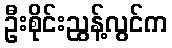
ဦးစိုင်းညွန့်လွင်က